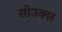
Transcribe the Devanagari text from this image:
सोउक्स